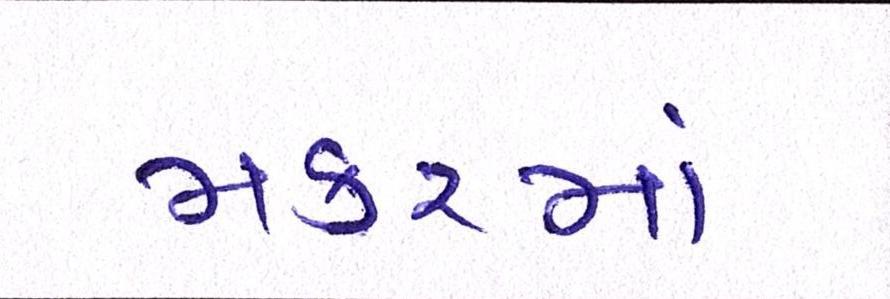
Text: મકરમાં